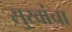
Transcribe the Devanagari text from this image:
सुखांचा